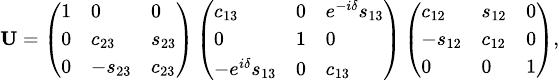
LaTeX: \begin{array}{r}{\scriptsize{\mathbf{U}=\left(\begin{array}{lll}{1}&{0}&{0}\\ {0}&{c_{23}}&{s_{23}}\\ {0}&{-s_{23}}&{c_{23}}\end{array}\right)\left(\begin{array}{lll}{c_{13}}&{0}&{e^{-i\delta}s_{13}}\\ {0}&{1}&{0}\\ {-e^{i\delta}s_{13}}&{0}&{c_{13}}\end{array}\right)\left(\begin{array}{lll}{c_{12}}&{s_{12}}&{0}\\ {-s_{12}}&{c_{12}}&{0}\\ {0}&{0}&{1}\end{array}\right),}}\end{array}